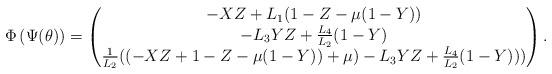
LaTeX: \begin{align*}\Phi\left(\Psi(\theta)\right)= \begin{pmatrix} -XZ+L_{1}(1-Z-\mu(1-Y)) \\ -L_{3}YZ+\frac{L_{4}}{L_{2}}(1-Y) \\ \frac{1}{L_{2}}((-XZ+1-Z-\mu(1-Y))+\mu)-L_{3}YZ+\frac{L_{4}}{L_{2}}(1-Y))) \end{pmatrix} .\end{align*}